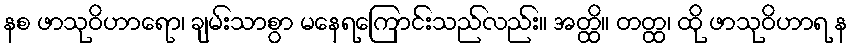
နစ ဖာသုဝိဟာရော၊ ချမ်းသာစွာ မနေရကြောင်းသည်လည်း။ အတ္ထိ။ တတ္ထ၊ ထို ဖာသုဝိဟာရ န